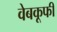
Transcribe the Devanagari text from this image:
वेबकूफी